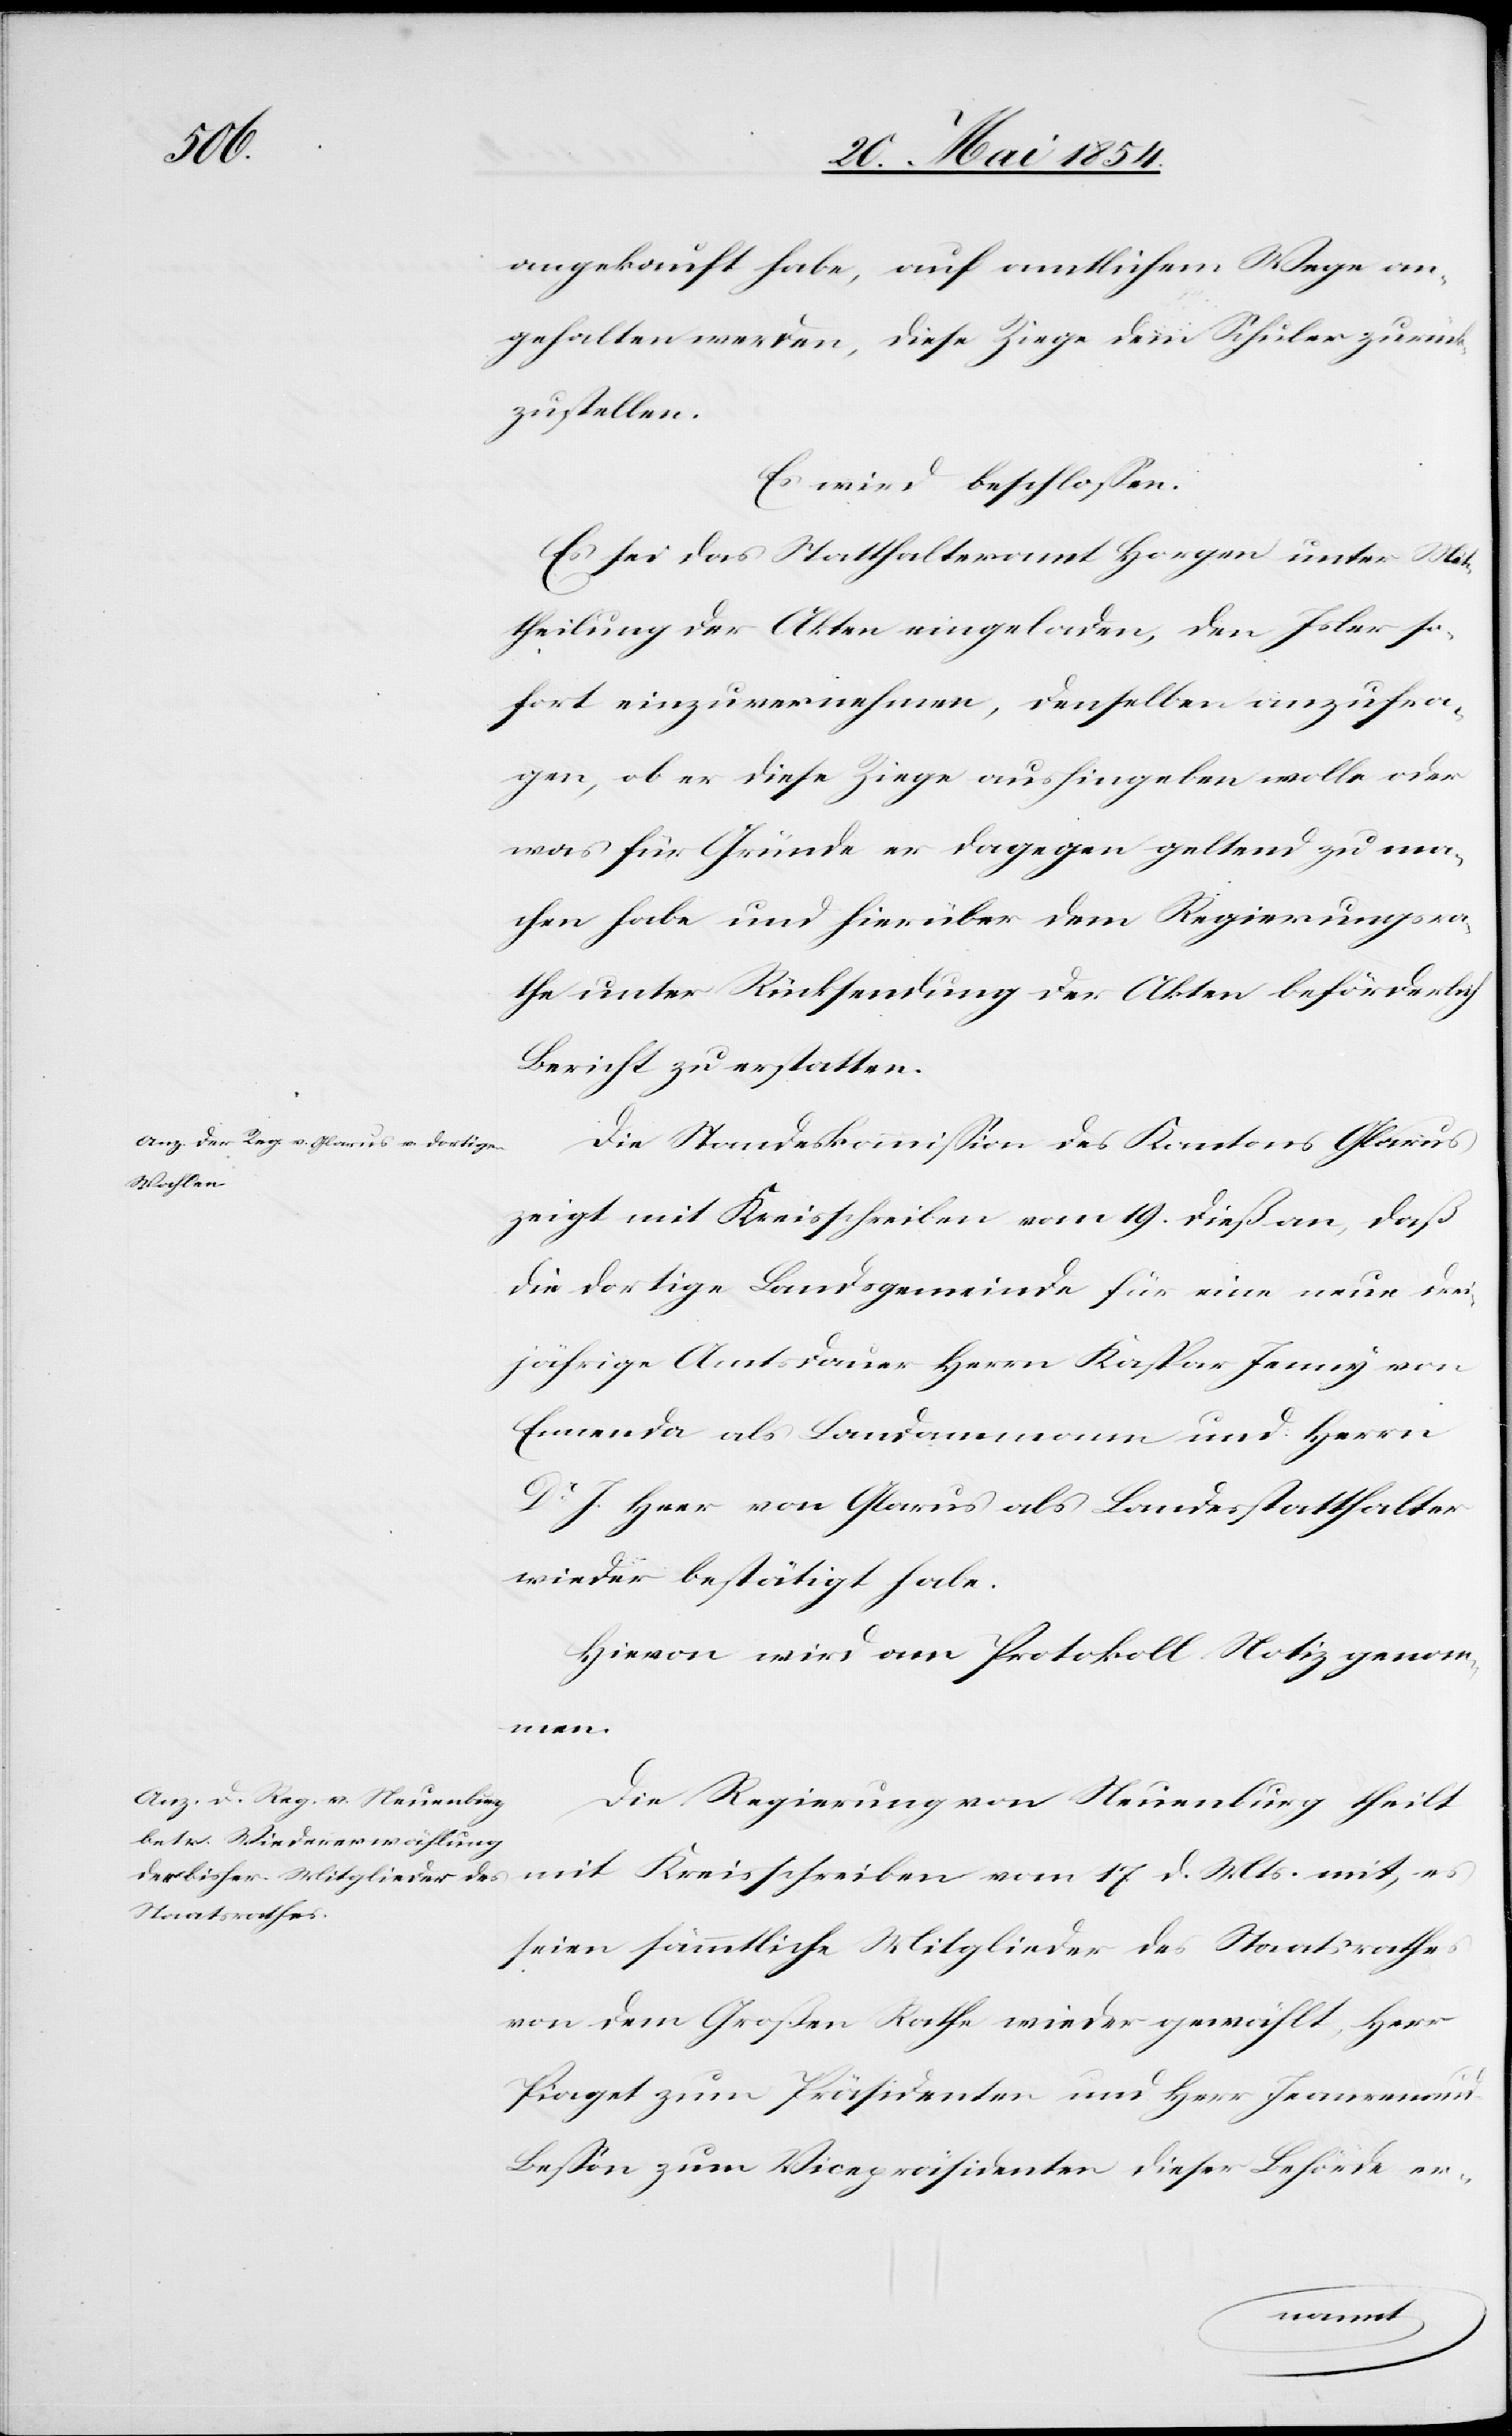
angekauft habe, auf amtlichem Wege an¬
gehalten werden, diese Ziege dem Schuler zurück¬
zustellen.
Es wird beschloßen:
Es sei das Statthalteramt Horgen unter Mit¬
theilung der Akten eingeladen, den Isler so¬
fort einzuvernehmen, denselben anzufra¬
gen, ob er diese Ziege aushingeben wolle oder
was für Gründe er dagegen geltend zu ma¬
chen habe und hierüber dem Regierungsra¬
the unter Rücksendung der Akten beförderlich
Bericht zu erstatten.
Die Standeskommißion des Kantons Glarus
zeigt mit Kreisschreiben vom 19. dieß an, daß
die dortige Landsgemeinde für eine neue drei¬
jährige Amtsdauer Herrn Kaspar Jenny von
Ennenda als Landammann und Herrn
Dr J. Heer von Glarus als Landesstatthalter
wieder bestätigt habe.
Hievon wird am Protokoll Notiz genomm¬
en.
Die Regierung von Neuenburg theilt
mit Kreisschreiben vom 17. d. Mts. mit, es
seien sämmtliche Mitglieder des Staatsrathes
von dem Großen Rathe wieder gewählt, Herr
Piaget zum Präsidenten und Herr Jeanrenaud
Beßon zum Vicepräsidenten dieser Behörde er-